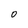
Character: O